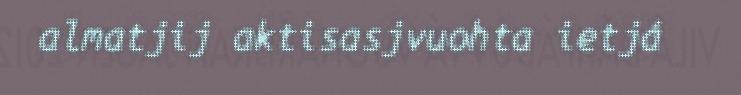
almatjij aktisasjvuohta ietjá